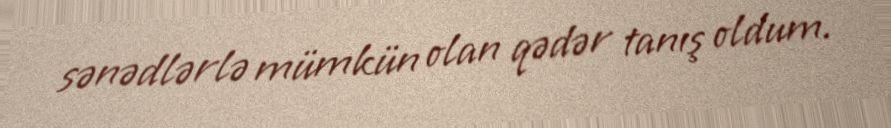
sənədlərlə mümkün olan qədər tanış oldum.